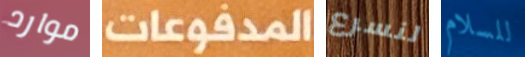
موارد المدفوعات لنسرع للسلام